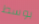
بوسط